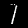
Label: 1